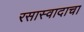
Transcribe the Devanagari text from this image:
रसास्वादाचा